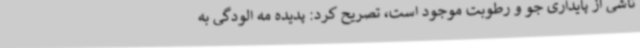
ناشی از پایداری جو و رطوبت موجود است، تصریح کرد: پدیده مه الودگی به